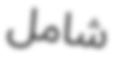
شامل